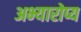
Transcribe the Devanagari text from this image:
अभ्यारोप्य